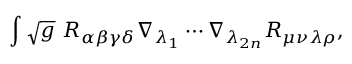
\int \sqrt { g } ~ R _ { \alpha \beta \gamma \delta } \nabla _ { \lambda _ { 1 } } \cdots \nabla _ { \lambda _ { 2 n } } R _ { \mu \nu \lambda \rho } ,